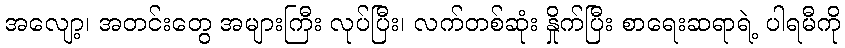
အလျော့၊ အတင်းတွေ အများကြီး လုပ်ပြီး၊ လက်တစ်ဆုံး နှိုက်ပြီး စာရေးဆရာရဲ့ ပါရမီကို